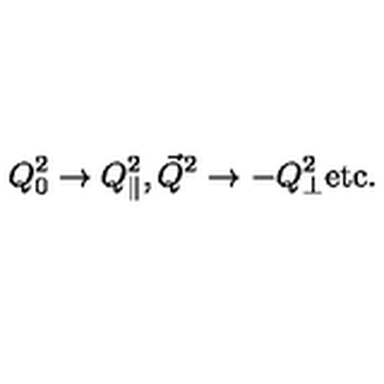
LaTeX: Q _ { 0 } ^ { 2 } \to Q _ { \| } ^ { 2 } , { \vec { Q } } ^ { 2 } \to - Q _ { \bot } ^ { 2 } \mathrm { e t c . }